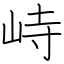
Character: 峙